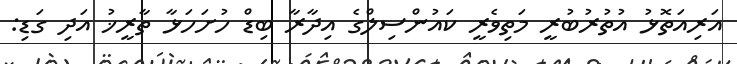
އަރިއަތޮޅު އުތުރުބުރީ މަތިވެރީ ކައުންސިލްގެ އިދާރާ ބިޑް ހުށަހަޅާ ތާރީޚު އަދި ގަޑި: